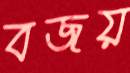
বজয়